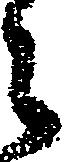
之